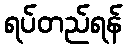
ရပ်တည်ရန်